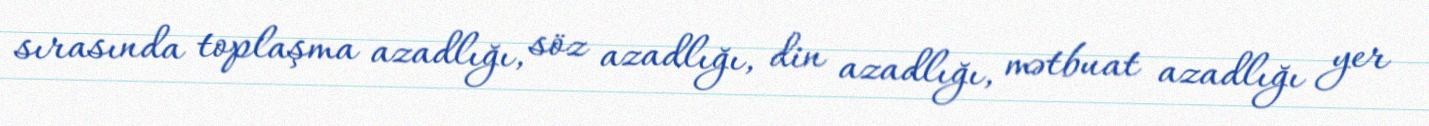
sırasında toplaşma azadlığı, söz azadlığı, din azadlığı, mətbuat azadlığı yer